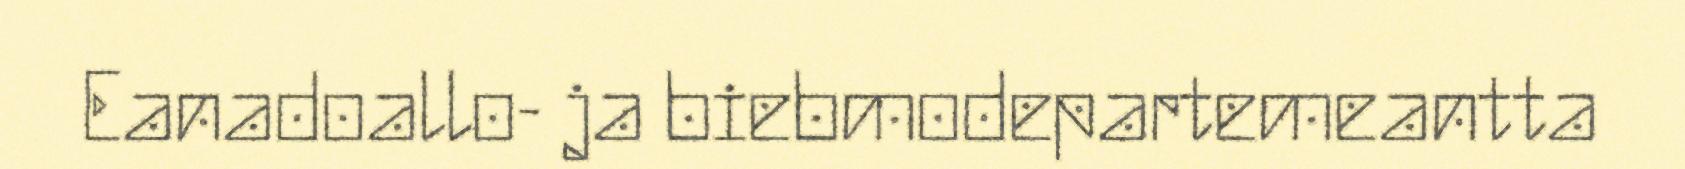
Eanadoallo- ja biebmodepartemeantta